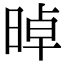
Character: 晫